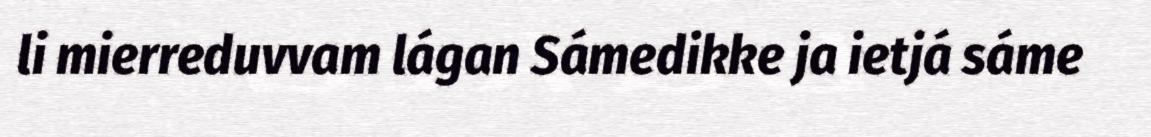
li mierreduvvam lágan Sámedikke ja ietjá sáme